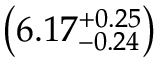
\left( 6 . 1 7 _ { - 0 . 2 4 } ^ { + 0 . 2 5 } \right)